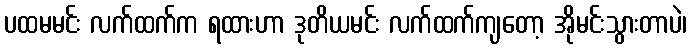
ပထမမင်း လက်ထက်က ရထားဟာ ဒုတိယမင်း လက်ထက်ကျတော့ အိုမင်းသွားတာပဲ၊